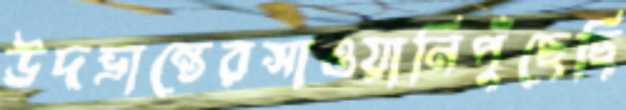
উদভ্রান্তেরসাওয়ানিপুঁছেছি